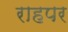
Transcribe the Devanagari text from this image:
राहपर